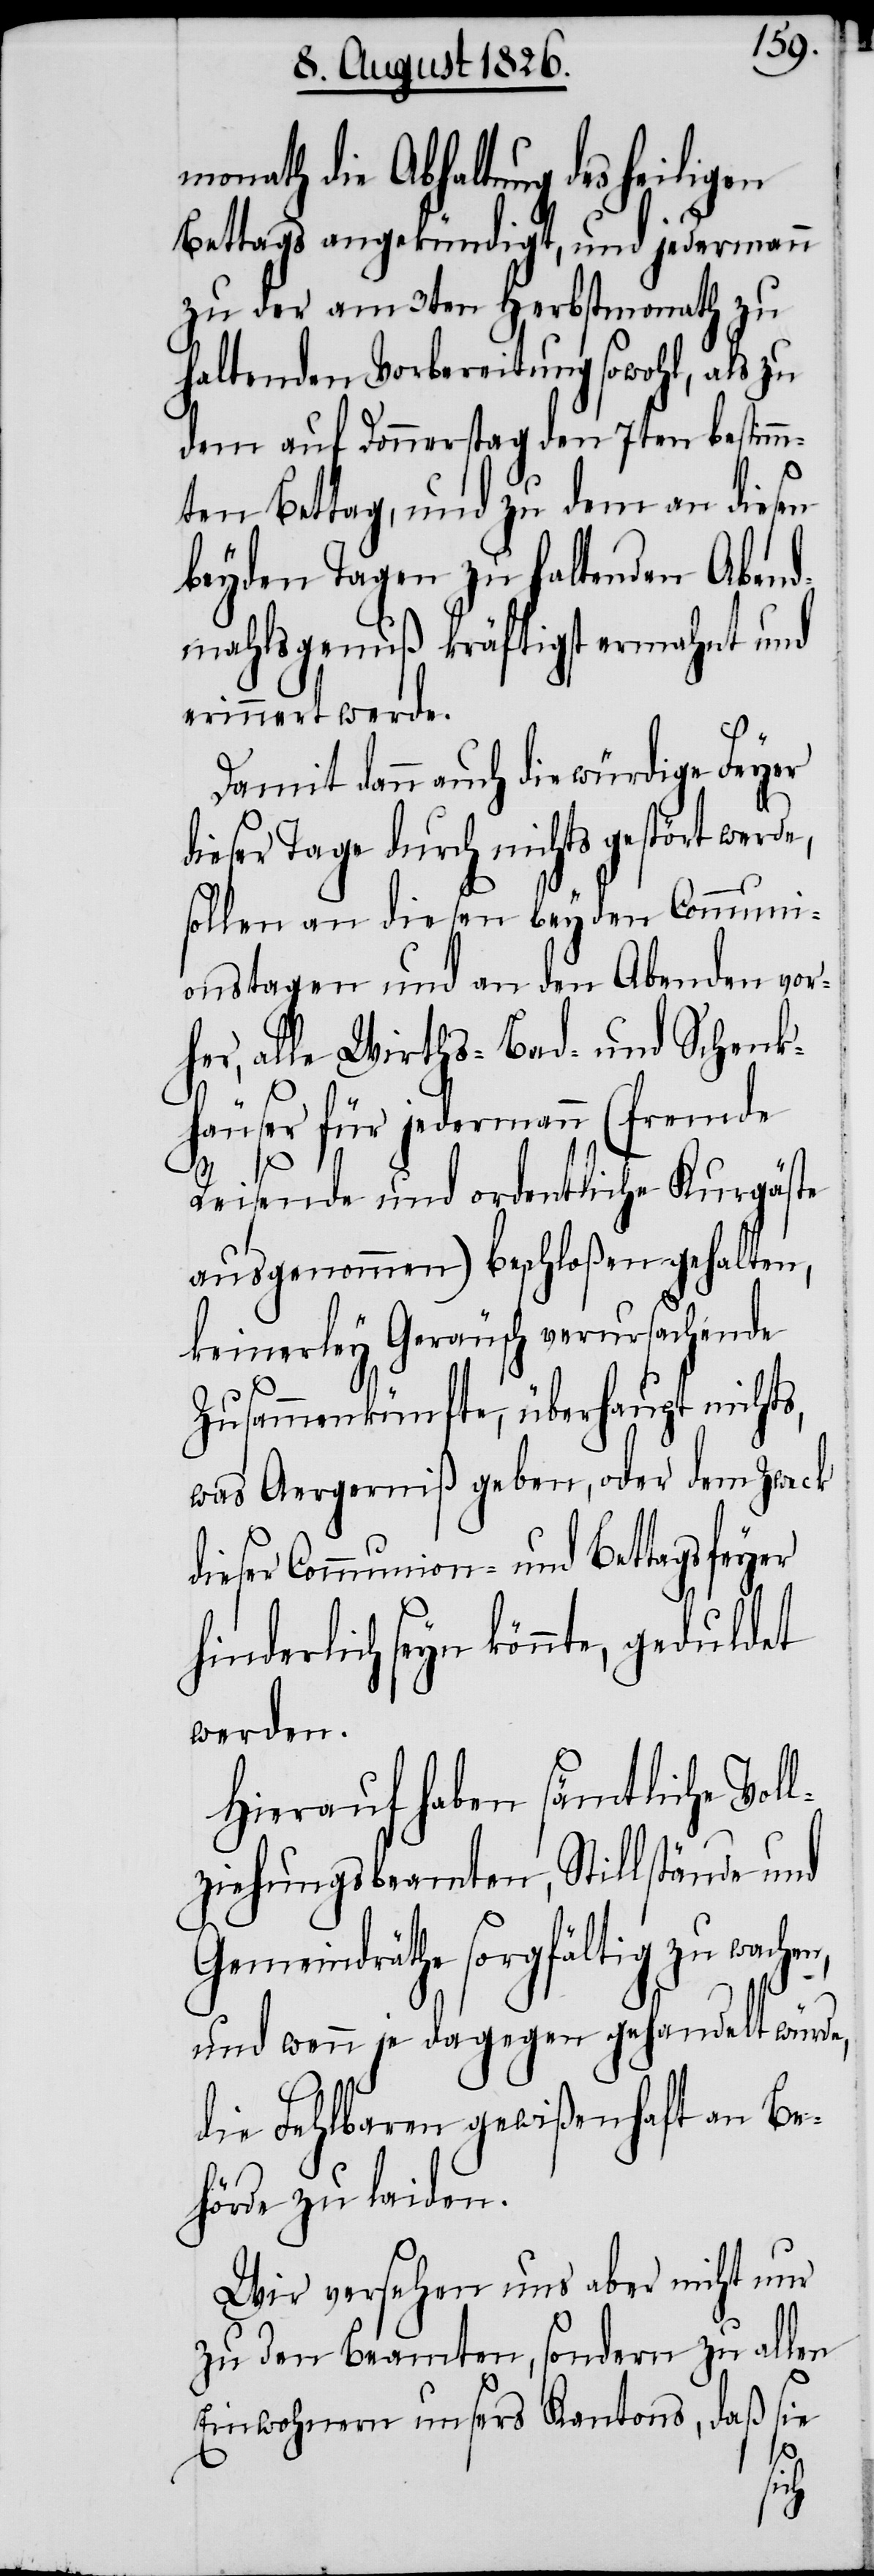
monath die Abhaltung des heiligen
Bettags angekündigt, und jedermann
zu der am 3ten Herbstmonath zu
haltenden Vorbereitung sowohl, als zu
dem auf Donnerstag den 7ten bestimm¬
ten Bettag, und zu dem an diesen
beyden Tagen zu haltenden Abend¬
mahlsgenuß kräftigst ermahnt und
rinnert werde.
Damit dann auch die würdige Feyer
dieser Tage durch nichts gestört werde,
sollen an diesen beyden Communi¬
onstagen und an den Abenden vor¬
her, alle Wirths-[,] Bad- und Schenk¬
häuser für jedermann (fremde
e¬
Reisende und ordentliche Kurgäste
ausgenommen) beschloßen gehalten,
keinerley Geräusch verursachende
Zusammenkünfte, überhaupt nichts,
was Aergerniß geben, oder dem Zweck
dieser Communion- und Bettagsfeyer
hinderlich seyn könnte, geduldet
werden.
Hierauf haben sämtliche Voll¬
ziehungsbeamten, Stillstände und
Gemeindräthe sorgfältig zu wachen,
und wenn je dagegen gehandelt würde,
die Fehlbaren gewißenhaft an Be¬
hörde zu laiden.
Wir versehen uns aber nicht nur
zu den Beamten, sondern zu allen
Einwohnern unsers Kantons, daß sie